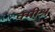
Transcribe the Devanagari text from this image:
क्मीश्न